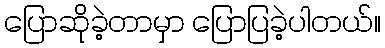
ပြောဆိုခဲ့တာမှာ ပြောပြခဲ့ပါတယ်။